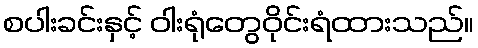
စပါးခင်းနှင့် ဝါးရုံတွေဝိုင်းရံထားသည်။